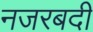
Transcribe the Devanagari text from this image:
नजरबदी